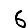
Digit: 6